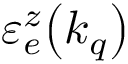
\mathinner { \varepsilon _ { e } ^ { z } \mathopen { \left( k _ { q } \right) } }